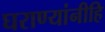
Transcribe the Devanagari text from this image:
घराण्यांनीहि